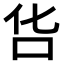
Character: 𠯒